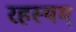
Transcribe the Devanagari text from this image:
रहस्यम्